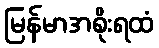
မြန်မာအစိုးရထံ